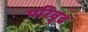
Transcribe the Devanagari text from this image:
परिवृढ